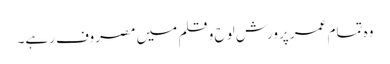
وہ تمام عمر پرورش لوح و قلم میں مصروف رہے۔